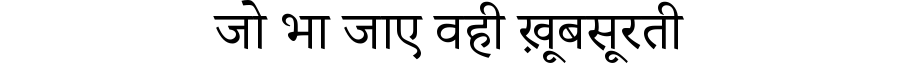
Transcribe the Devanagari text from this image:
जो भा जाए वही ख़ूबसूरती